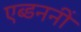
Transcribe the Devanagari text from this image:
एब्डननीं